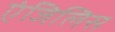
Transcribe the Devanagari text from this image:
एंजिलिस